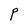
Character: P